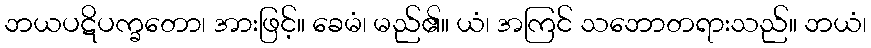
ဘယပဋိပက္ခတော၊ အားဖြင့်။ ခေမံ၊ မည်၏။ ယံ၊ အကြင် သဘောတရားသည်။ ဘယံ၊